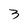
Character: 3